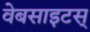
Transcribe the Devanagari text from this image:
वेबसाइटस्